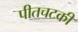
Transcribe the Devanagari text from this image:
पीतचटकी